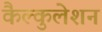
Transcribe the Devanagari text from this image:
कैल्कुलेशन